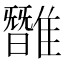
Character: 𩀿